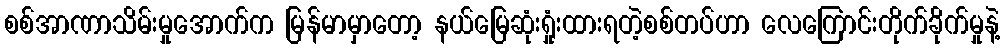
စစ်အာဏာသိမ်းမှုအောက်က မြန်မာမှာတော့ နယ်မြေဆုံးရှုံးထားရတဲ့စစ်တပ်ဟာ လေကြောင်းတိုက်ခိုက်မှုနဲ့